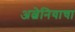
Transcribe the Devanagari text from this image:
अल्बेनियाचा